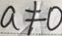
a \neq 0